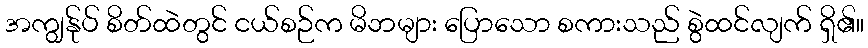
အကျွန်ုပ် စိတ်ထဲတွင် ငယ်စဉ်က မိဘများ ပြောသော စကားသည် စွဲထင်လျက် ရှိ၏။